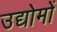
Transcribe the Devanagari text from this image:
उद्योमों